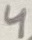
Text: 4